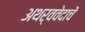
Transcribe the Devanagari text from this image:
अथर्ववेदाचें